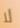
لا